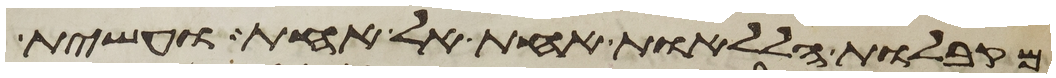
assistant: מקבלות הללאות אחת אל אחת ועשית